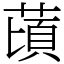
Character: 䔛